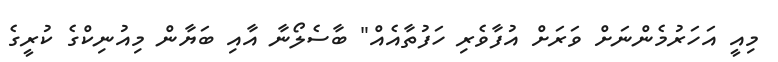
މިއީ އަހަރުމެންނަށް ވަރަށް އުފާވެރި ހަފުތާއެއް" ބާސެލޯނާ އާއި ބަޔާން މިއުނިކްގެ ކުރީގެ